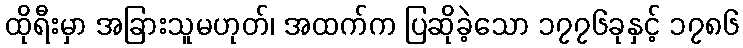
ထိုရီးမှာ အခြားသူမဟုတ်၊ အထက်က ပြဆိုခဲ့သော ၁၇၇၆ခုနှင့် ၁၇၈၆